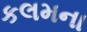
કલમના